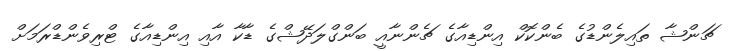
ޗަންޝާ ތައިލެންޑުގެ ބެންކޮކް އިންޑިއާގެ ޗެންނާއީ ބަންގްލަދޭޝްގެ ޑާކާ އާއި އިންޑިއާގެ ޓްރިވެންޑްރަމަށް